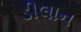
ડીલાન